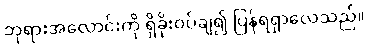
ဘုရားအလောင်းကို ရှိခိုးဝပ်ချ၍ ပြန်ရရှာလေသည်။